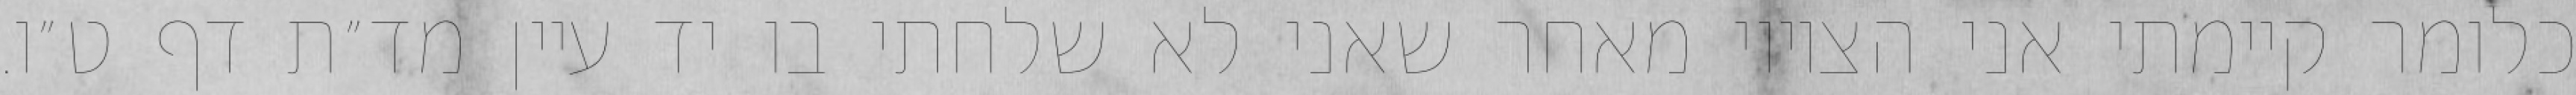
כלומר קיימתי אני הציווי מאחר שאני לא שלחתי בו יד עיין מד״ת דף ט״ו.